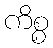
ကိစ္စ